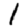
Digit: 1